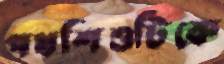
পথশিশুটিকে